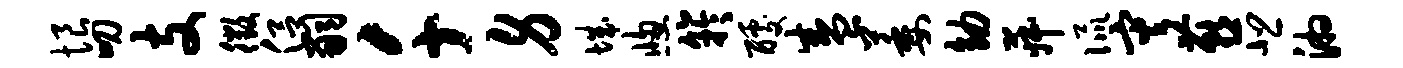
恨叨支徵侣嗣千身城窗竽醵盛萎幼菽侃灾燕悲湘